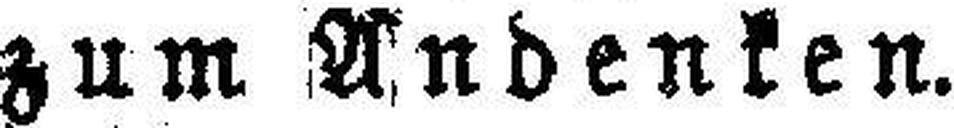
zum Andenken.